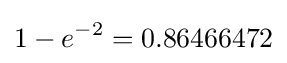
1-e^{-2}=0.86466472